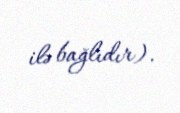
ilə bağlıdır).